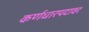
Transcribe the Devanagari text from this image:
कर्णधारपदावर